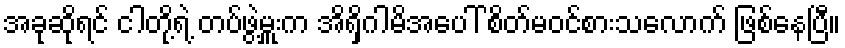
အခုဆိုရင် ငါတို့ရဲ့ တပ်ဖွဲ့မှူးက အိရှိဂါမိအပေါ် စိတ်မဝင်စားသလောက် ဖြစ်နေပြီ။